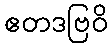
ဧတဒဗြဝိ